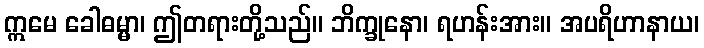
ဣမေ ခေါဓမ္မာ၊ ဤတရားတို့သည်။ ဘိက္ခုနော၊ ရဟန်းအား။ အပရိဟာနာယ၊